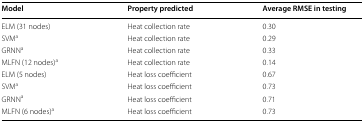
<table><thead><tr><td><b>Model</b></td><td><b>Property predicted</b></td><td><b>Average RMSE in testing</b></td></tr></thead><tbody><tr><td>ELM (31 nodes)</td><td>Heat collection rate</td><td>0.30</td></tr><tr><td>SVM<sup>a</sup></td><td>Heat collection rate</td><td>0.29</td></tr><tr><td>GRNN<sup>a</sup></td><td>Heat collection rate</td><td>0.33</td></tr><tr><td>MLFN (12 nodes)<sup>a</sup></td><td>Heat collection rate</td><td>0.14</td></tr><tr><td>ELM (5 nodes)</td><td>Heat loss coefficient</td><td>0.67</td></tr><tr><td>SVM<sup>a</sup></td><td>Heat loss coefficient</td><td>0.73</td></tr><tr><td>GRNN<sup>a</sup></td><td>Heat loss coefficient</td><td>0.71</td></tr><tr><td>MLFN (6 nodes)<sup>a</sup></td><td>Heat loss coefficient</td><td>0.73</td></tr></tbody></table>